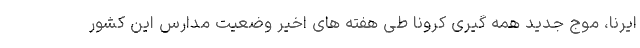
ایرنا، موج جدید همه گیری کرونا طی هفته های اخیر وضعیت مدارس این کشور